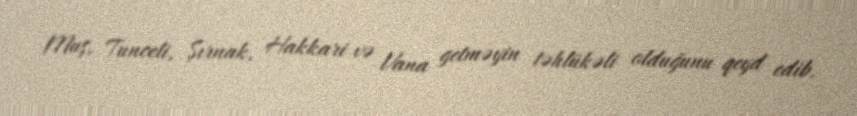
Muş, Tunceli, Şırnak, Hakkari və Vana getməyin təhlükəli olduğunu qeyd edib.